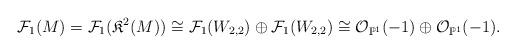
LaTeX: \begin{align*}\mathcal{F}_1(M)=\mathcal{F}_1(\mathfrak{K}^2(M))\cong\mathcal{F}_1(W_{2,2})\oplus\mathcal{F}_1(W_{2,2})\cong\mathcal{O}_{\mathbb{P}^1}(-1)\oplus\mathcal{O}_{\mathbb{P}^1}(-1).\end{align*}